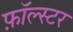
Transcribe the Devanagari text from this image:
फ़ॉल्स्टर